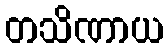
တသိဏာယ